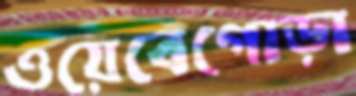
ওয়েবেগোড়া